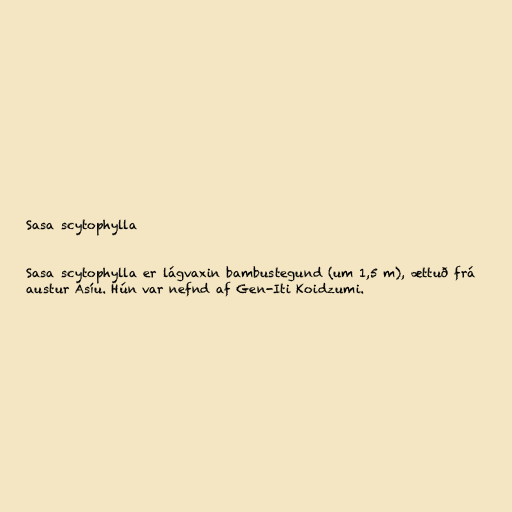
Sasa scytophylla

Sasa scytophylla er lágvaxin bambustegund (um 1,5 m), ættuð frá
austur Asíu. Hún var nefnd af Gen-Iti Koidzumi.